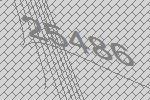
25486